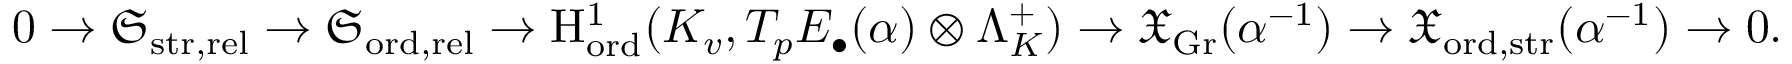
0 \rightarrow \mathfrak { S } _ { \mathrm { s t r , \mathrm { r e l } } } \rightarrow \mathfrak { S } _ { \mathrm { o r d , \mathrm { r e l } } } \rightarrow \mathrm { H } _ { \mathrm { o r d } } ^ { 1 } ( K _ { v } , T _ { p } E _ { \bullet } ( \alpha ) \otimes \Lambda _ { K } ^ { + } ) \rightarrow \mathfrak { X } _ { \mathrm { G r } } ( \alpha ^ { - 1 } ) \rightarrow \mathfrak { X } _ { \mathrm { o r d , \mathrm { s t r } } } ( \alpha ^ { - 1 } ) \rightarrow 0 .